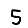
Digit: 5